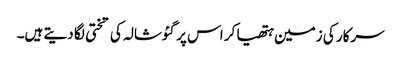
سرکار کی زمین ہتھیا کر اس پر گئوشالہ کی تختی لگا دیتے ہیں۔